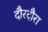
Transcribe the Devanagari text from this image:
दौरदौरा